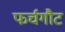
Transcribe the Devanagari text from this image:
फर्चगौट